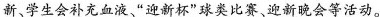
新、学生会补充血液”迎新杯”球类比赛、迎新晚会等活动。